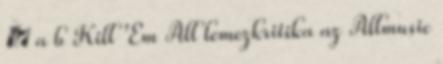
↑ a b Kill 'Em All lemezkritika az Allmusic